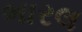
ભારલ